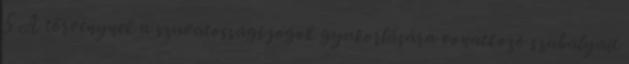
5 A törvénynek a szavatossági jogok gyakorlására vonatkozó szabályait